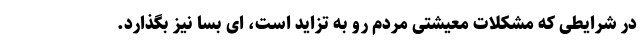
در شرایطی که مشکلات معیشتی مردم رو به تزاید است، ای بسا نیز بگذارد.